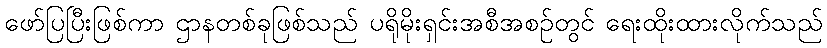
ဖော်ပြပြီးဖြစ်ကာ ဌာနတစ်ခုဖြစ်သည် ပရိုမိုးရှင်းအစီအစဉ်တွင် ရေးထိုးထားလိုက်သည်